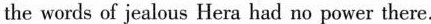
the words of jealous Hera had no power there.